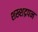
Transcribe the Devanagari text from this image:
शख्शद्रपन